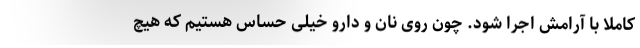
کاملا با آرامش اجرا شود. چون روی نان و دارو خیلی حساس هستیم که هیچ